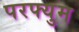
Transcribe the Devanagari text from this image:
परफ्युम